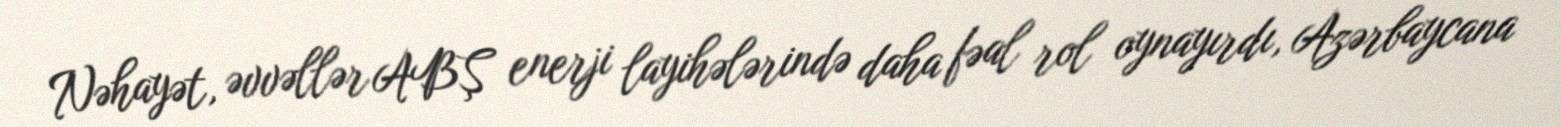
Nəhayət, əvvəllər ABŞ enerji layihələrində daha fəal rol oynayırdı, Azərbaycana